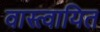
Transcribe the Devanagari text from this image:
वास्त्वायित